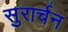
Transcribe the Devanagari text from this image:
सुरार्चन